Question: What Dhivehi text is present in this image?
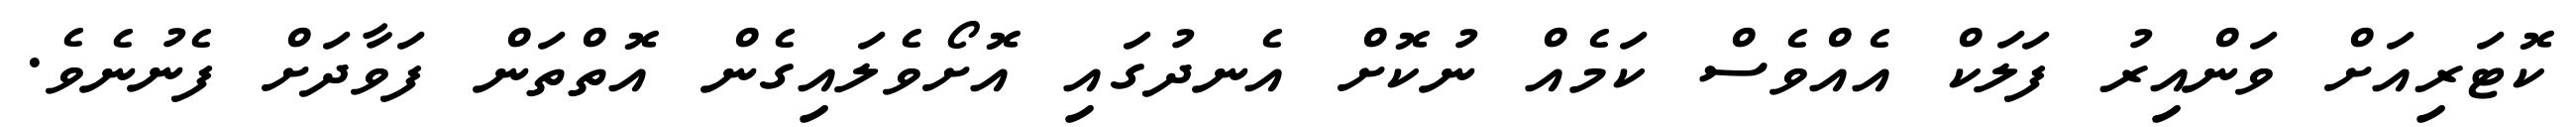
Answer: ކޮޓަރިއަށް ވަންއިރު ފަލަކް އެއްވެސް ކަމެއް ނުކޮށް އެނދުގައި އޮށޯވެލައިގެން އޮތްތަން ފަވާދަށް ފެނުނެވެ.